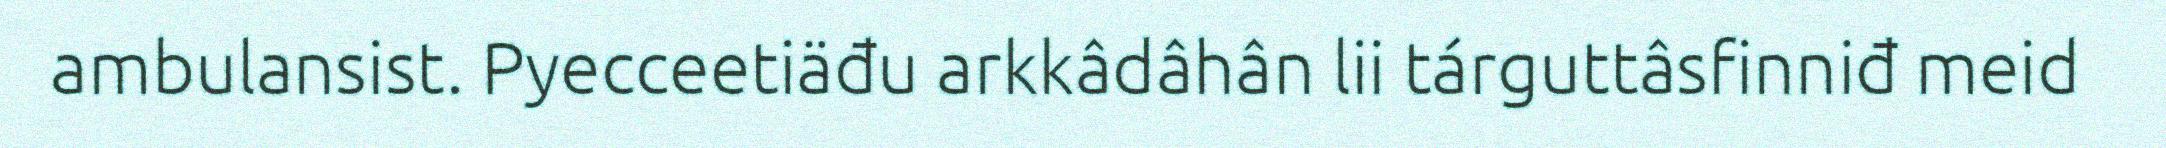
ambulansist. Pyecceetiäđu arkkâdâhân lii tárguttâsfinniđ meid